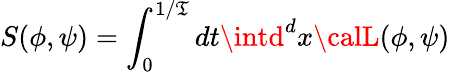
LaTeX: S(\phi,\psi)=\int_{0}^{1/\mathfrak{T}}dt\intd^{d}x{\calL}(\phi,\psi)